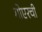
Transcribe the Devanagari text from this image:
गोएरची